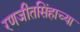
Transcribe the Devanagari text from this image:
रणजीतसिंहाच्या